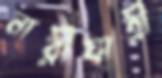
নারীযাত্রী